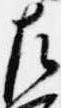
左